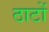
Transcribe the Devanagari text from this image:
ठाटों